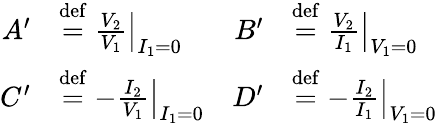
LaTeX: {\begin{array}{rlrl}{A^{\prime}}&{\mathrel{\stackrel{\mathrm{def}}{=}}\left.{\frac{V_{2}}{V_{1}}}\right|_{I_{1}=0}}&{B^{\prime}}&{\mathrel{\stackrel{\mathrm{def}}{=}}\left.{\frac{V_{2}}{I_{1}}}\right|_{V_{1}=0}}\\ {C^{\prime}}&{\mathrel{\stackrel{\mathrm{def}}{=}}\left.-{\frac{I_{2}}{V_{1}}}\right|_{I_{1}=0}}&{D^{\prime}}&{\mathrel{\stackrel{\mathrm{def}}{=}}\left.-{\frac{I_{2}}{I_{1}}}\right|_{V_{1}=0}}\end{array}}